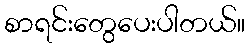
စာရင်းတွေပေးပါတယ်။